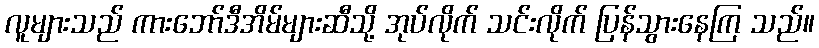
လူများသည် ကားဘော်ဒီအိမ်များဆီသို့ အုပ်လိုက် သင်းလိုက် ပြန်သွားနေကြ သည်။